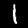
Digit: 1